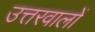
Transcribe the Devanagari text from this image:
उत्तरवालों